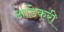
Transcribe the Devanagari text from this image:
आडेकरी